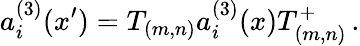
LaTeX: a_{i}^{(3)}(x{'})=T_{(m,n)}a_{i}^{(3)}(x)T_{(m,n)}^{+}\, .